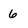
Character: 6